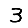
Digit: 3